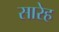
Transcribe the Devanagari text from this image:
सारेह